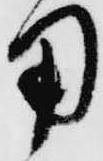
用